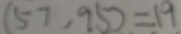
( 5 7 , 9 5 ) = 1 9